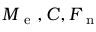
M _ { \mathrm { ~ e ~ } } , C , F _ { \mathrm { ~ n ~ } }